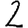
Digit: 2